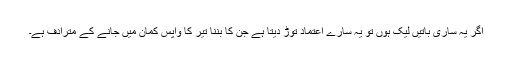
اگر یہ ساری باتیں لیک ہوں تو یہ سارے اعتماد توڑ دیتا ہے جن کا بننا تیر کا واپس کمان میں جانے کے مترادف ہے۔